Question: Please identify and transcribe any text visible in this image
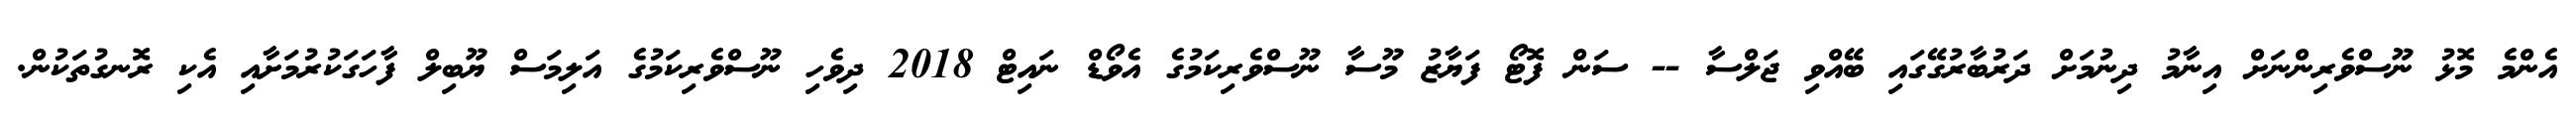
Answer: އެންމެ މޮޅު ނޫސްވެރިންނަށް އިނާމު ދިނުމަށް ދަރުބާރުގޭގައި ބޭއްވި ޖަލްސާ -- ސަން ފޮޓޯ ފަޔާޒު މޫސާ ނޫސްވެރިކަމުގެ އެވޯޑް ނައިޓް 2018 ދިވެހި ނޫސްވެރިކަމުގެ އަލިމަސް ޔޫބިލް ފާހަގަކުރުމަށާއި އެކި ރޮނގުތަކުން.